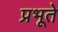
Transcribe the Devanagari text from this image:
प्रभूते